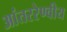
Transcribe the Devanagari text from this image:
आंतररेण्वीय